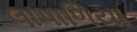
લાપાળિયા